Document type: Sale
Year: 1355
Scribe: Pere Borrell
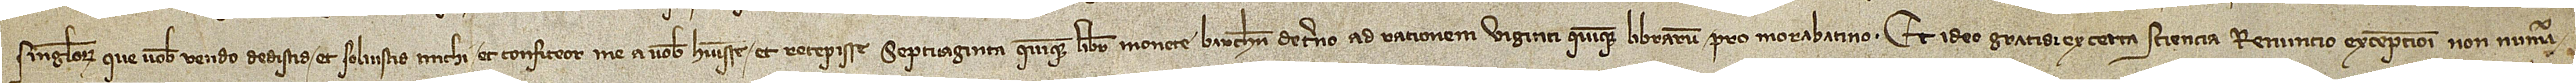
singulorum que vobis vendo dedistis et solvistis michi et confiteor me a vobus habuisse et recepisse septuaginta quinque libras monete Barchinone de terno ad rationem viginti quinque librarum pro morabatino. Et ideo gratis et ex certa sciencia renuncio excepcioni non numera-